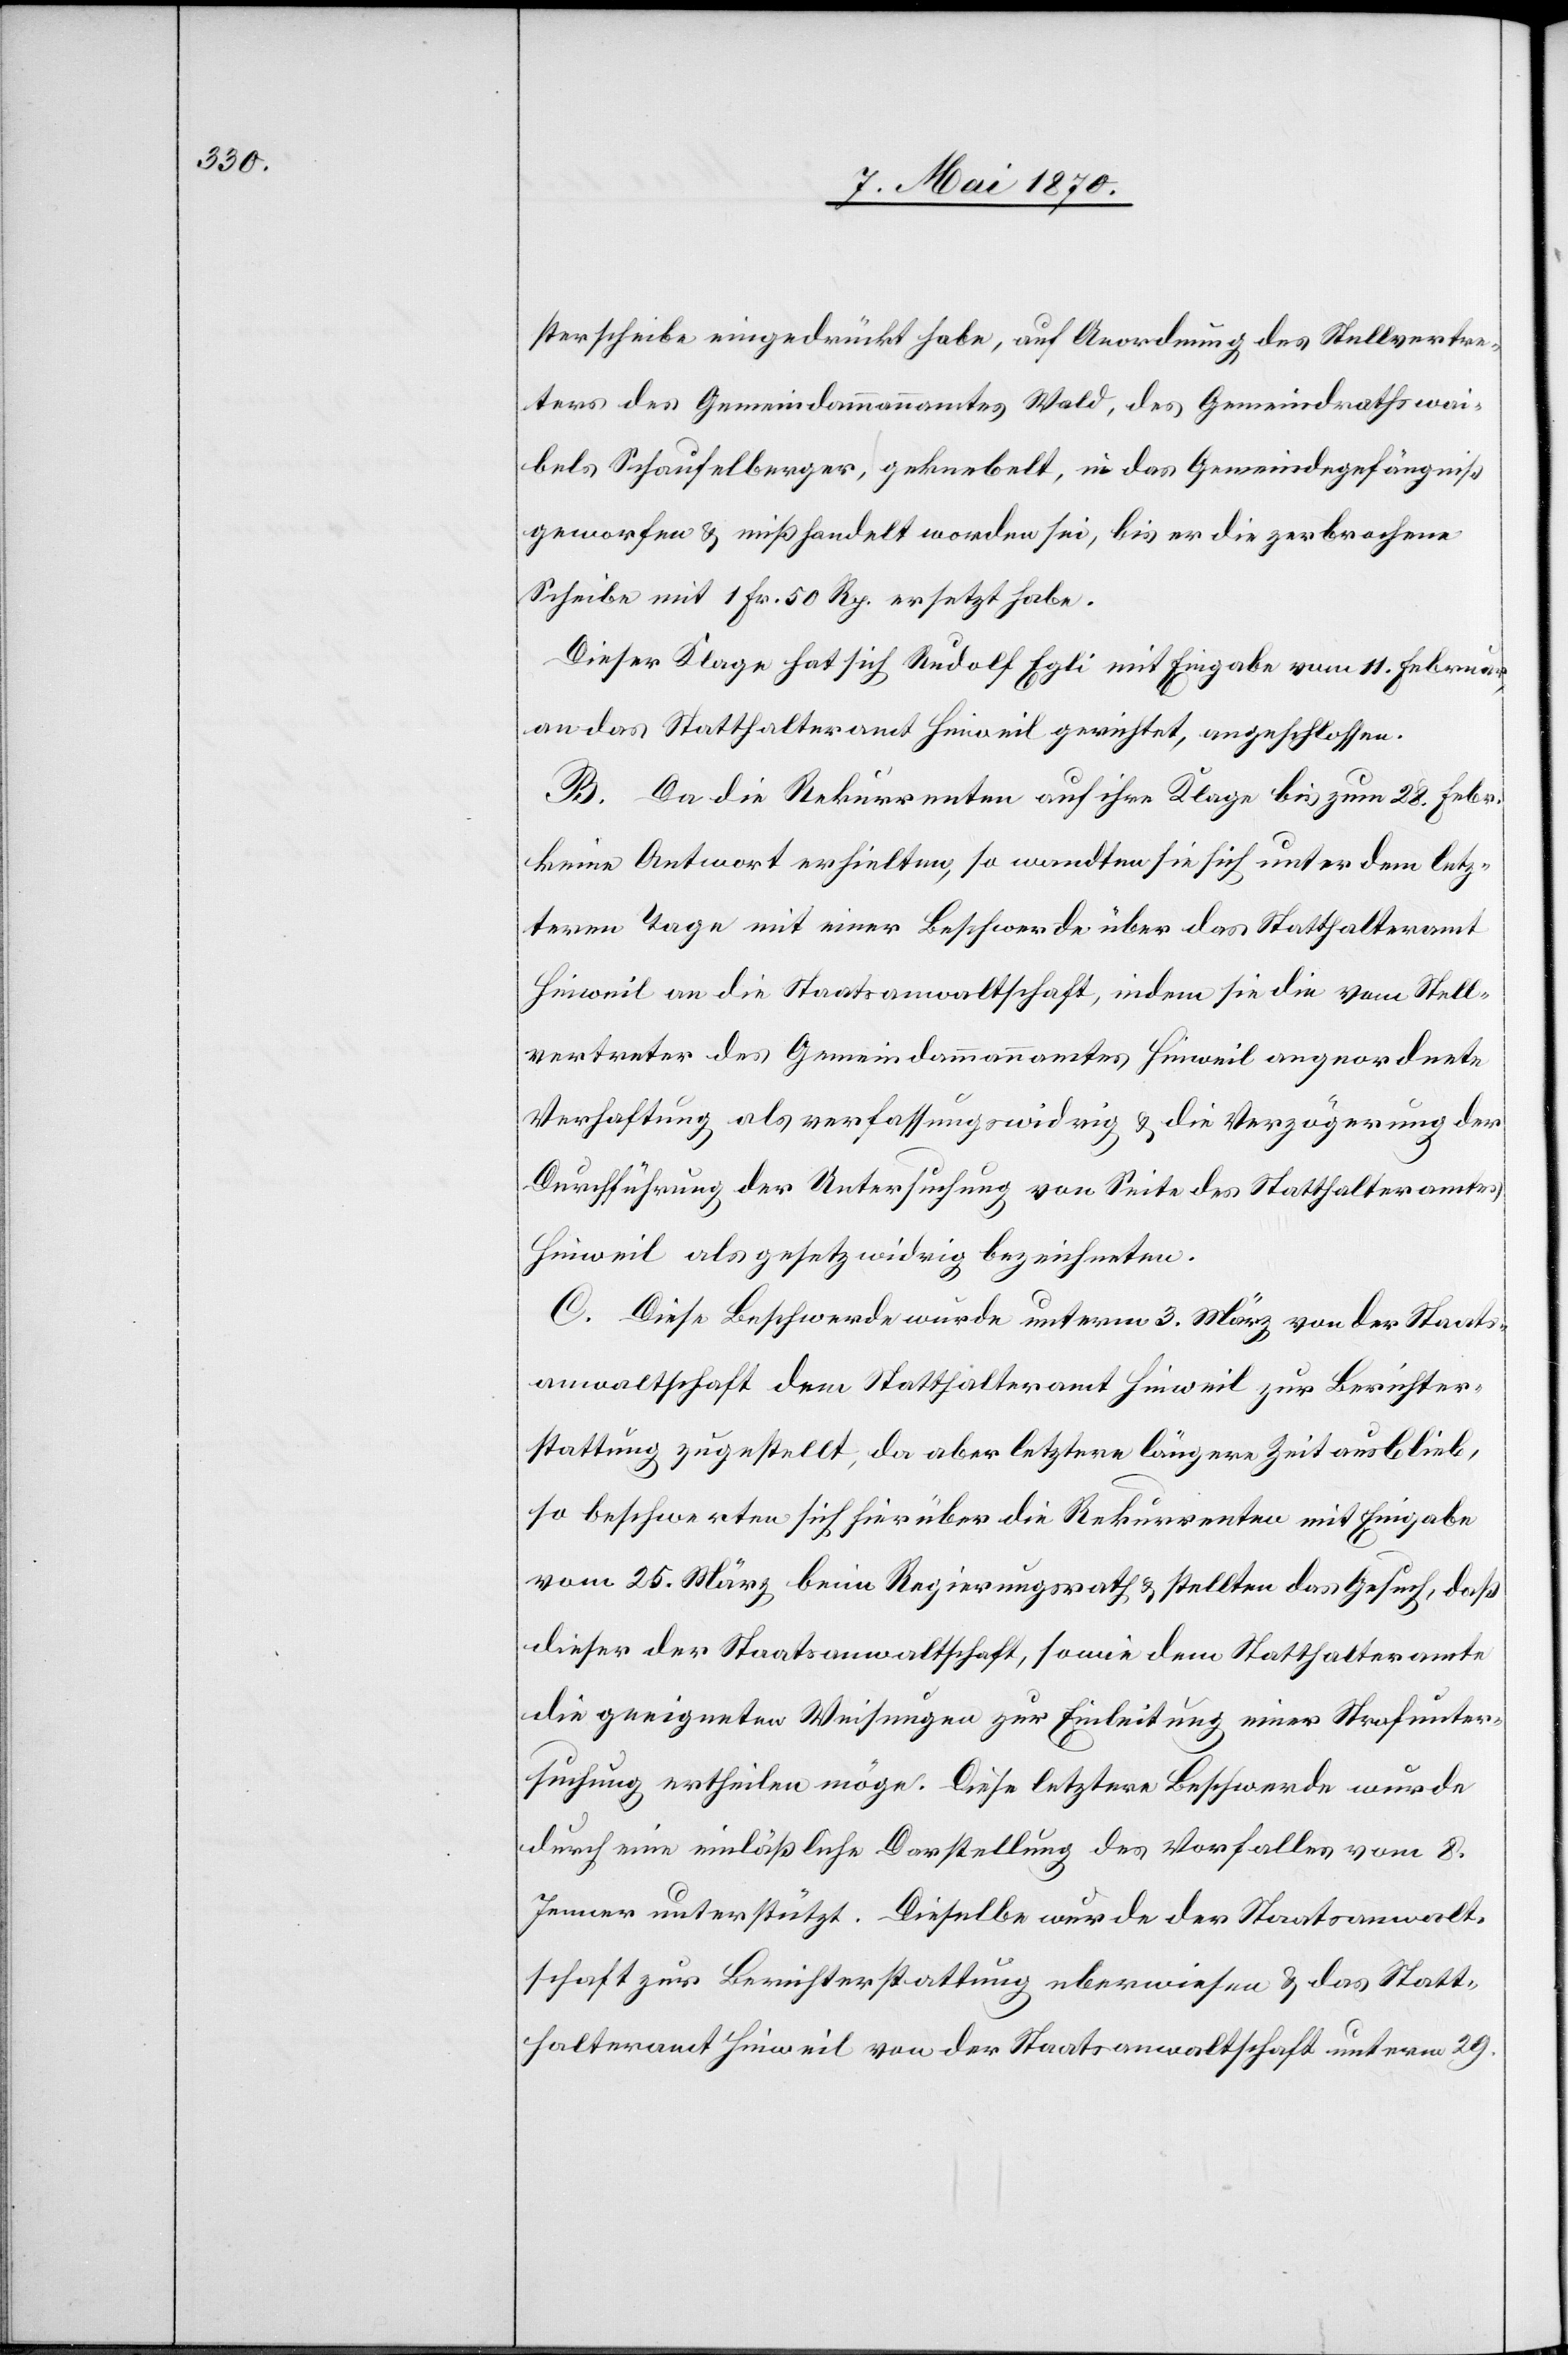
sterscheibe eingedrückt habe, auf Anordnung des Stellvertre¬
ters des Gemeindammannamtes Wald, des Gemeindrathswa¬
ibels Schaufelberger, geknebelt, in das Gemeindegefängniß
geworfen & mißhandelt worden sei, bis er die zerbrochene
Scheibe mit 1 Fr. 50 Rp. ersetzt habe.
Dieser Klage hat sich Rudolf Egli mit Eingabe vom 11. Februar,
an das Statthalteramt Hinweil gerichtet, angeschlossen.
B. Da die Rekurrenten auf ihre Klage bis zum 28. Febr.
keine Antwort erhielten, so wandten sie sich unter dem letz¬
tern Tage mit einer Beschwerde über das Statthalteramt
Hinweil an die Staatsanwaltschaft, indem sie die vom Stell¬
vertreter des Gemeindammannamtes Hinweil angeordnete
Verhaftung als verfassungswidrig & die Verzögerung der
Durchführung der Untersuchung von Seite des Statthalteramtes
Hinweil als gesetzwidrig bezeichneten.
C. Diese Beschwerde wurde unterm 3. März von der Staats¬
anwaltschaft dem Statthalteramt Hinweil zur Berichter¬
stattung zugestellt, da aber letztere längere Zeit ausblieb,
so beschwerten sich hierüber die Rekurrenten mit Eingabe
vom 25. März beim Regierungsrath & stellten das Gesuch, daß
dieser der Staatsanwaltschaft, sowie dem Statthalteramte
die geeigneten Weisungen zur Einleitung einer Strafunter¬
suchung ertheilen möge. Diese letztere Beschwerde wurde
durch eine einläßliche Darstellung des Vorfalls vom 8.
Jenner unterstützt. Dieselbe wurde der Staatsanwalt¬
schaft zur Berichterstattung [u]eberwiesen & das Statt¬
halteramt Hinweil von der Staatsanwaltschaft unterm 29.